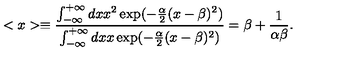
< x > \equiv \frac { \int _ { - \infty } ^ { + \infty } d x x ^ { 2 } \exp ( - \frac { \alpha } { 2 } ( x - \beta ) ^ { 2 } ) } { \int _ { - \infty } ^ { + \infty } d x x \exp ( - \frac { \alpha } { 2 } ( x - \beta ) ^ { 2 } ) } = \beta + \frac { 1 } { \alpha \beta } .